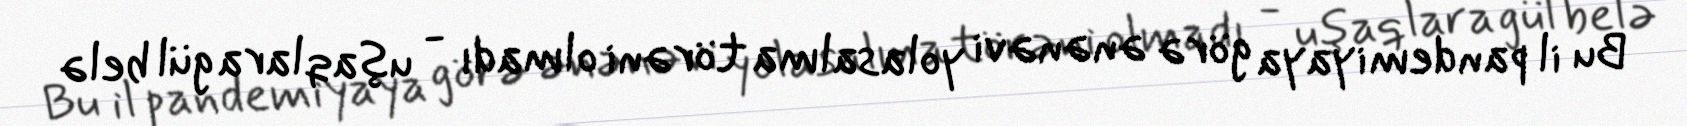
Bu il pandemiyaya görə ənənəvi yolasalma törəni olmadı - uşaqlara gül belə